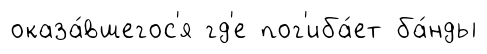
оказа́вшегос'я гд'е пог'иба́ет ба́нды